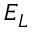
E _ { L }